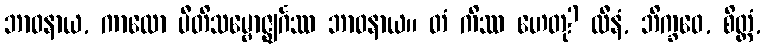
ဘာဝနာယ, ကာလော ပီတိသမ္ဗောဇ္ဈင်္ဂဿ ဘာဝနာယ။ တံ ကိဿ ဟေတု? လီနံ, ဘိက္ခဝေ, စိတ္တံ,